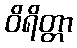
ဝိရိတ္တာ